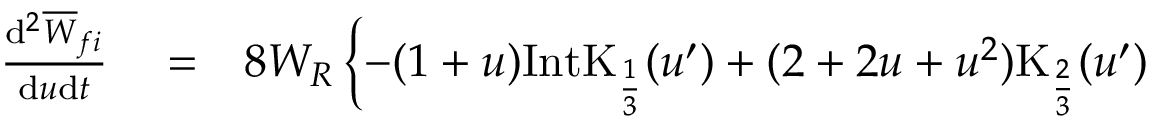
\begin{array} { r l r } { \frac { \mathrm { d } ^ { 2 } { \overline { { W } } } _ { f i } } { \mathrm { d } u \mathrm { d } t } } & { { } = } & { 8 W _ { R } \left\{ - ( 1 + u ) \mathrm { I n t K } _ { \frac { 1 } { 3 } } ( u ^ { \prime } ) + ( 2 + 2 u + u ^ { 2 } ) \mathrm { K } _ { \frac { 2 } { 3 } } ( u ^ { \prime } ) \right. } \end{array}